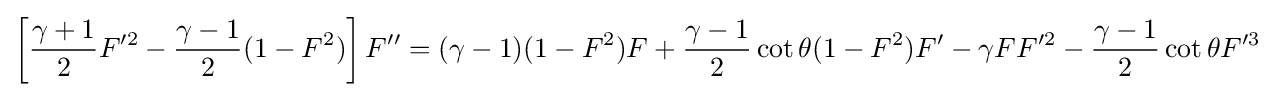
\left[{\frac {\gamma +1}{2}}F'^{2}-{\frac {\gamma -1}{2}}(1-F^{2})\right]F''=(\gamma -1)(1-F^{2})F+{\frac {\gamma -1}{2}}\cot \theta (1-F^{2})F'-\gamma FF'^{2}-{\frac {\gamma -1}{2}}\cot \theta F'^{3}